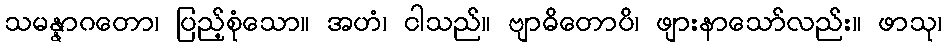
သမန္နာဂတော၊ ပြည့်စုံသော။ အဟံ၊ ငါသည်။ ဗျာဓိတောပိ၊ ဖျားနာသော်လည်း။ ဖာသု၊